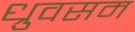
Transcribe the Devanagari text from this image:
ध्रुवसम